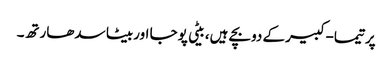
پرتیما-کبیرکے دوبچے ہیں، بیٹی پوجا اوربیٹا سدھارتھ۔